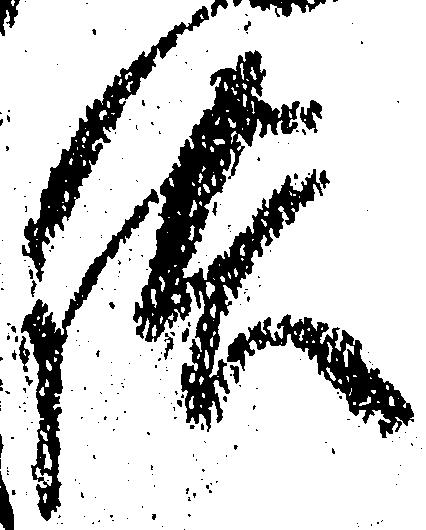
供